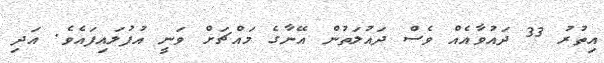
އިތުރު 33 ދައުވާއެއް ވެސް ދައުލަތުން އޭނާގެ މައްޗަށް ވަނީ އުފުލައިފައެވެ. އަދި